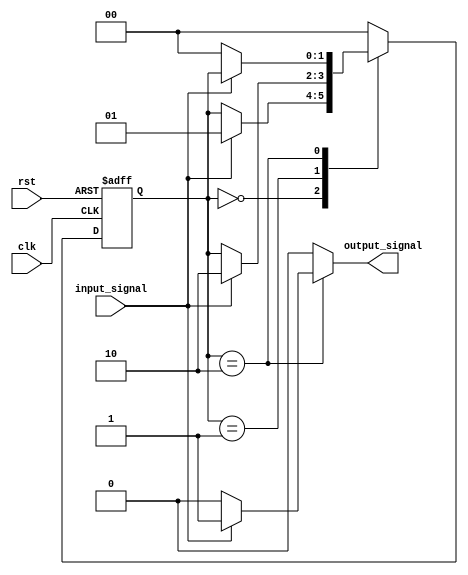
module Mealy_State_Machine_with_Wait_States (
    input clk,
    input rst,
    input input_signal,
    output reg output_signal
);

// Define states
parameter stateA = 2'b00;
parameter stateB = 2'b01;
parameter stateC = 2'b10;

reg [1:0] state, next_state;

always @(posedge clk or posedge rst) begin
    if (rst) begin
        state <= stateA;
    end else begin
        state <= next_state;
    end
end

always @* begin
    next_state = state;
    output_signal = 0;

    case(state)
        stateA: begin
            if (input_signal) begin
               next_state = stateB;
            end
        end
        stateB: begin
            if (input_signal) begin
               next_state = stateC;
            end
        end
        stateC: begin
            if (!input_signal) begin
               next_state = stateA;
            end else begin
                output_signal = 1;
            end
        end
        default: begin
            next_state = stateA;
        end
    endcase
end

endmodule